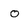
Character: O